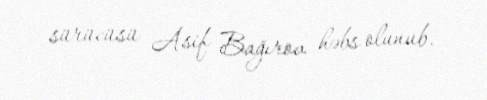
sürücüsü Asif Bağırov həbs olunub.